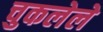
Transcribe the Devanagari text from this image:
चुकलेले